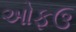
ઓફઉ